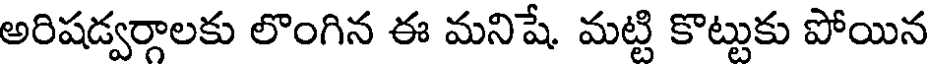
అరిషడ్వర్గాలకు లొంగిన ఈ మనిషే మట్టి కొట్టుకు పోయిన